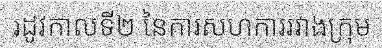
រដូវកាលទី២ នៃការសហការរវាងក្រុម